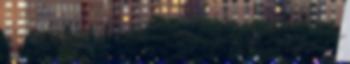
elegem lenni. És bevallom, most se vagyok elégedett, SŐT